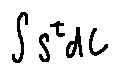
\int S ^ { t } d C